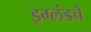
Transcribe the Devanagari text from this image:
इग्लंडचे